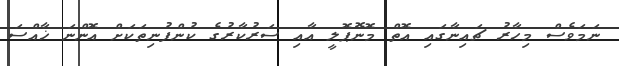
ނަމަވެސް މިހާރު ޗައިނާގައި އޮތް މޮނޮޕޮލީ އާއި ސަރުކާރުގެ ކުންފުނިތަކަށް އޮންނަ ޚާއްސަ